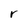
Character: r